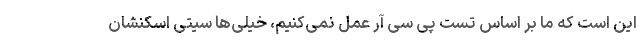
این است که ما بر اساس تست پی سی آر عمل نمی‌کنیم، خیلی‌ها سیتی اسکنشان